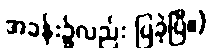
အခန်း၌လည်း ပြခဲ့ပြီ။)